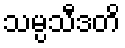
သမ္ပသီဒတိ